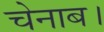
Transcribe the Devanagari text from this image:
चेनाब।